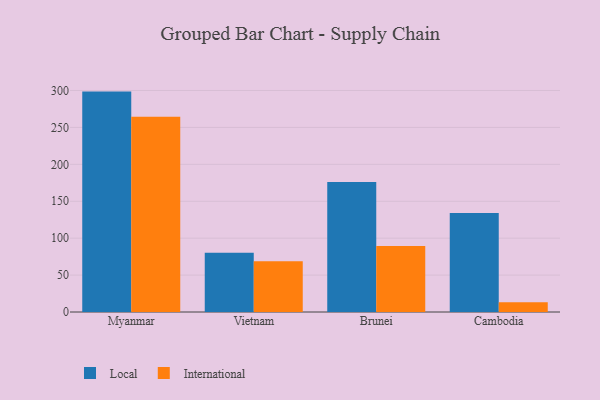
{"axis": {"x": "Country", "y": "Temperature (°C)"}, "legend": ["International", "Local"], "data": [{"x": "Myanmar", "y": 298.5, "type": "Local"}, {"x": "Myanmar", "y": 264.5, "type": "International"}, {"x": "Vietnam", "y": 80.1, "type": "Local"}, {"x": "Vietnam", "y": 68.7, "type": "International"}, {"x": "Brunei", "y": 176.1, "type": "Local"}, {"x": "Brunei", "y": 89.3, "type": "International"}, {"x": "Cambodia", "y": 134.2, "type": "Local"}, {"x": "Cambodia", "y": 13.2, "type": "International"}]}